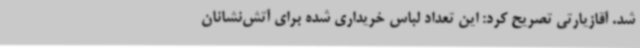
شد. آقازیارتی تصریح کرد: این تعداد لباس خریداری شده برای آتش‌نشانان